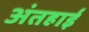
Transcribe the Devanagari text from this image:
अंतहाई